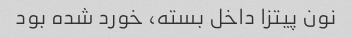
نون پیتزا داخل بسته، خورد شده بود